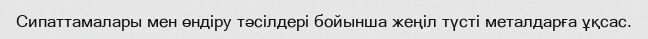
Сипаттамалары мен өндіру тәсілдері бойынша жеңіл түсті металдарға ұқсас.